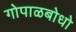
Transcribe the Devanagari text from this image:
गोपाळबोधो